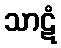
သာဋံ